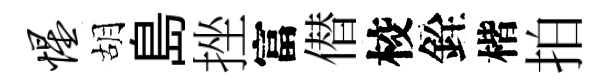
惺胡島挫富僣校銓楷拍